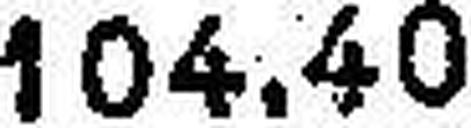
104.40